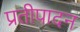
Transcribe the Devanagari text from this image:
प्रतीपादन